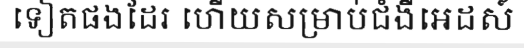
ទៀតផងដែរ ហើយសម្រាប់ជំងឺអេដស៍